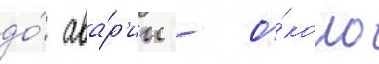
до́ ава́р'ии - о́коло